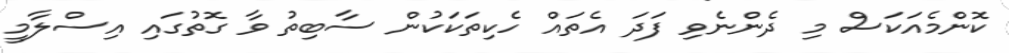
ކޮންމެއަކަސް މި ދެންނެވި ފަދަ އެތައް ހެކިތަކަކުން ސާބިތު ވާ ގޮތުގައި އިސްލާމީ